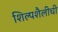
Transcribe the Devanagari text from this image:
शिल्पशैलीची